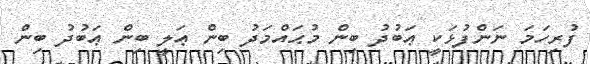
ފުރިހަމަ ނަންފުޅަކީ ޢަބުދު ބިން މުޙައްމަދު ބިން ޢަލީ ބިން ޢަބުދު ބިން